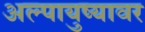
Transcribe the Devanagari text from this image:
अल्पायुष्यावर